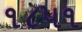
૧૮૫૧